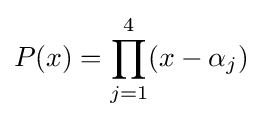
P(x)=\prod _{j=1}^{4}(x-\alpha _{j})